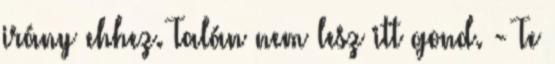
irány ehhez. Talán nem lesz itt gond. - Te